38_143685_box_Incident_Summaries_101-172
Agency: Department of War
Page 152
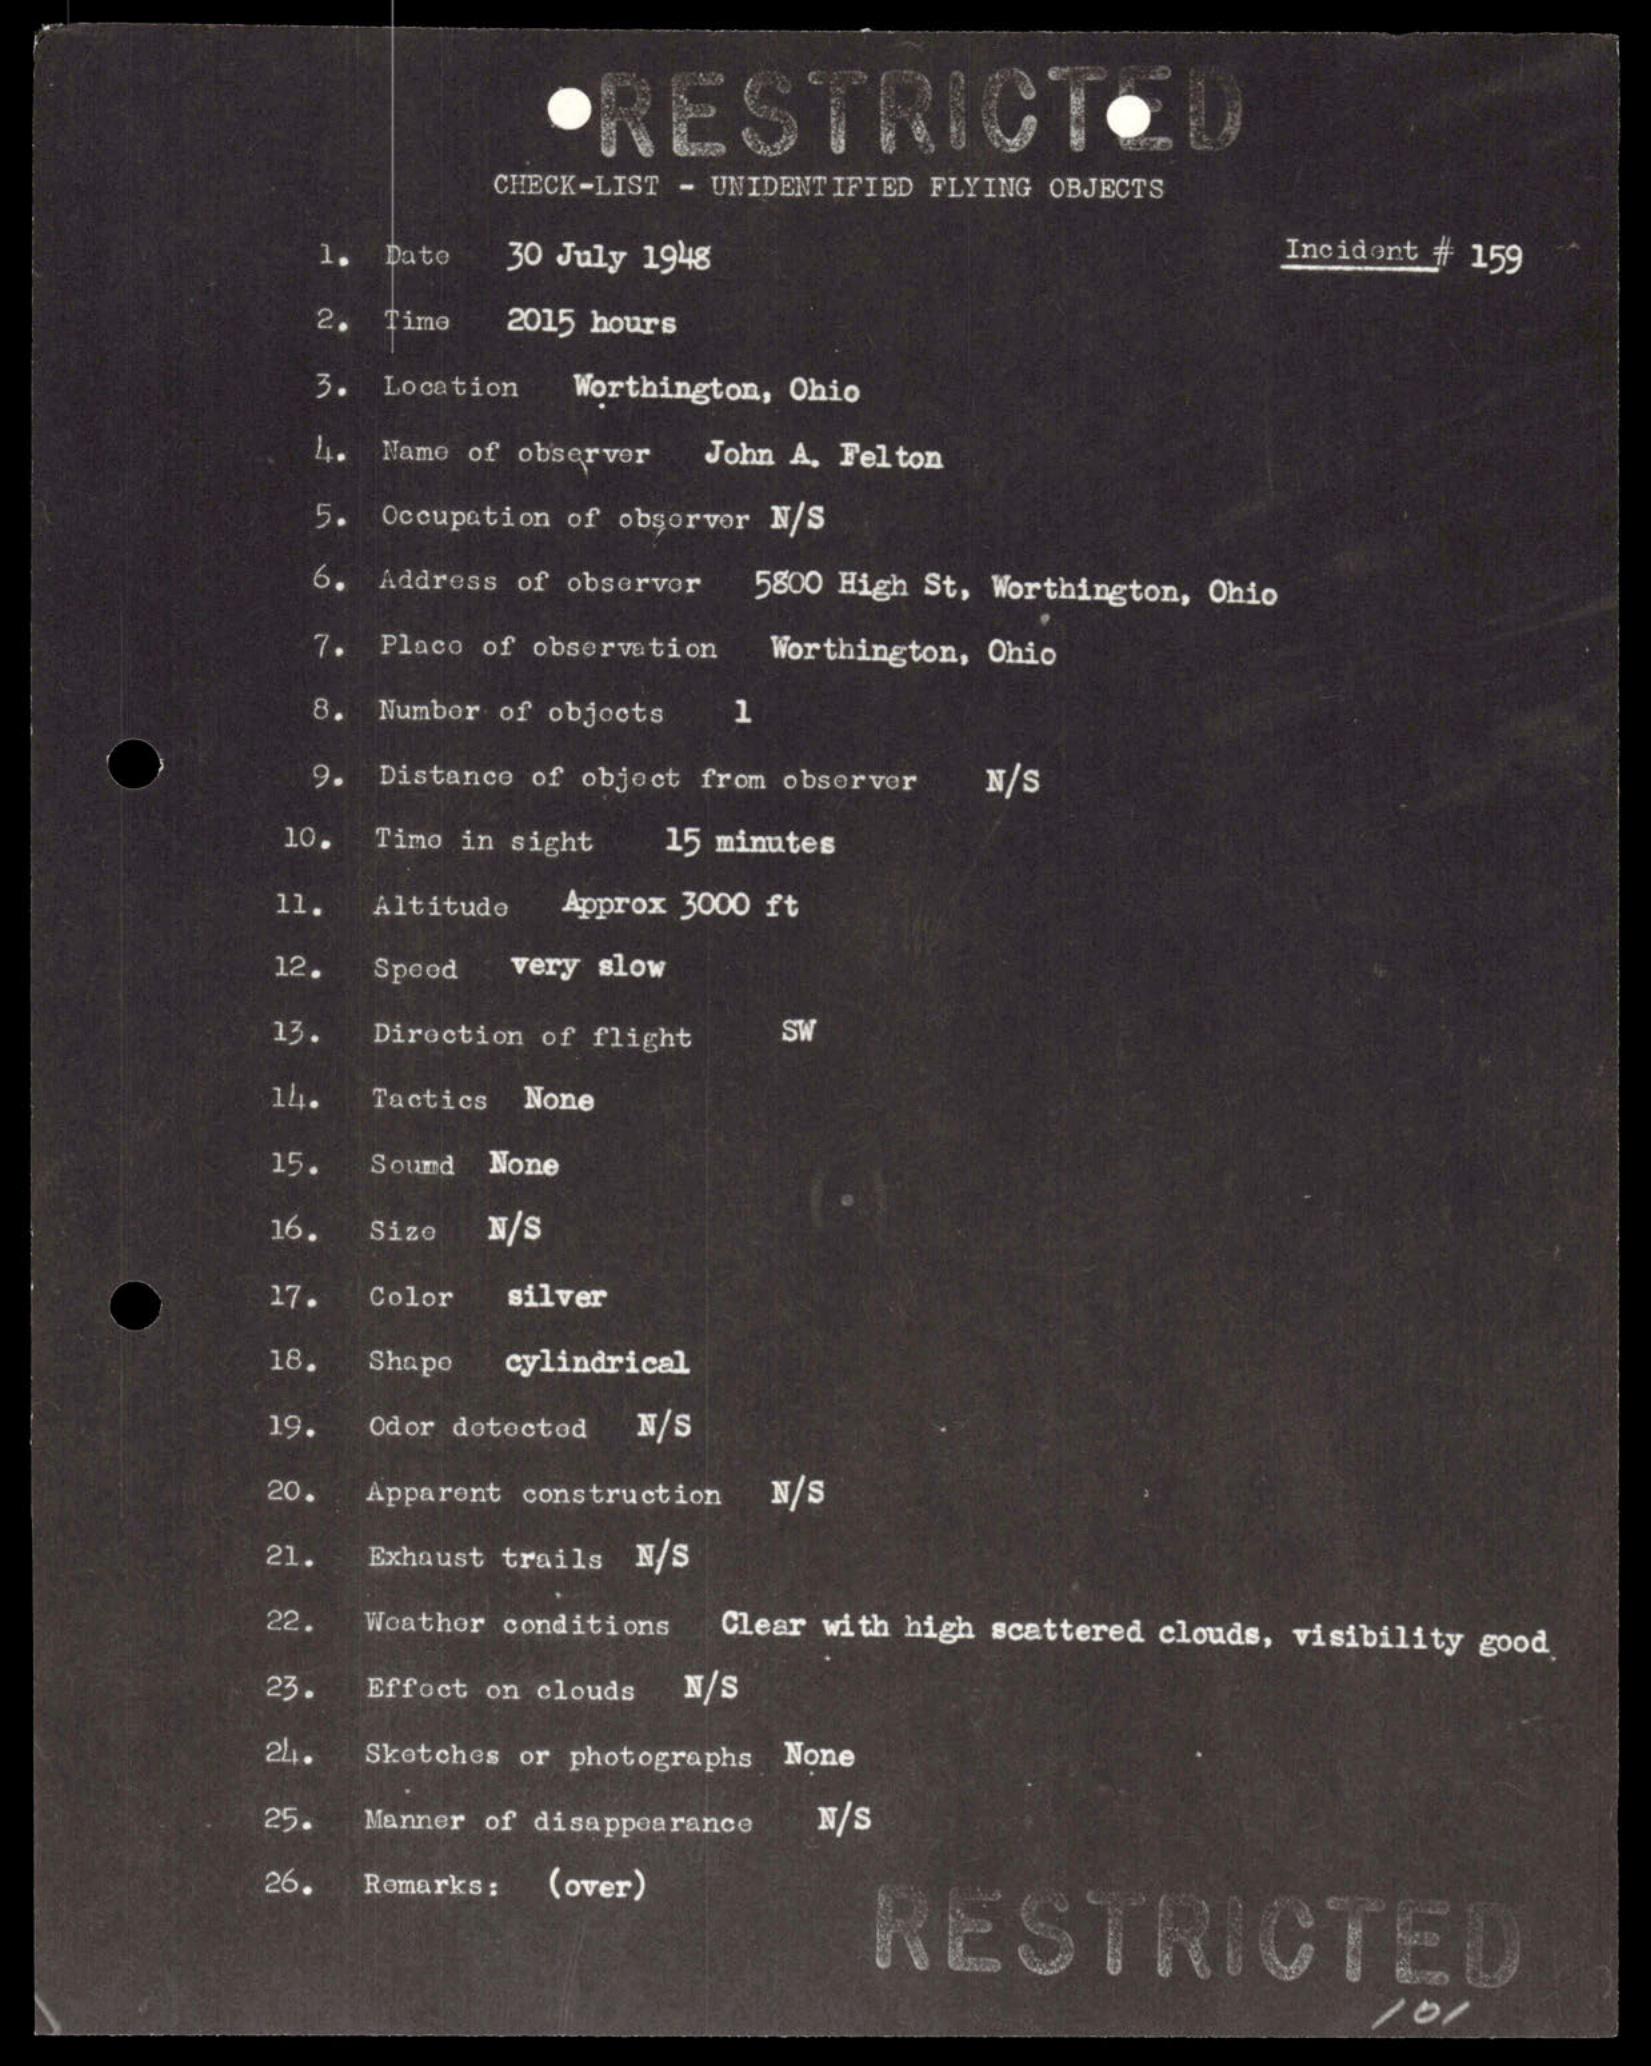